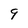
Character: 9